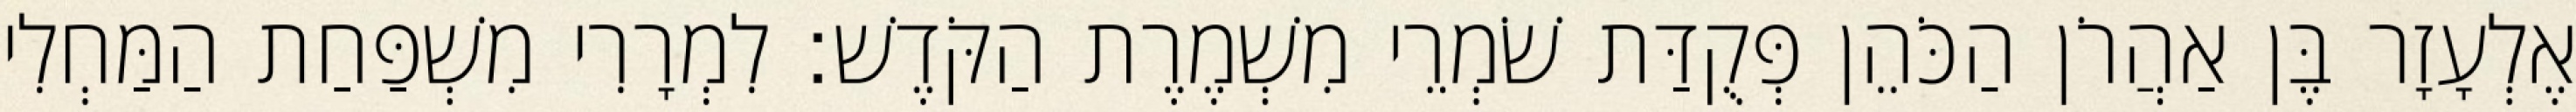
אֶלְעָזָר בֶּן אַהֲרֹן הַכֹּהֵן פְּקֻדַּת שֹׁמְרֵי מִשְׁמֶרֶת הַקֹּדֶשׁ׃ לִמְרָרִי מִשְׁפַּחַת הַמַּחְלִי